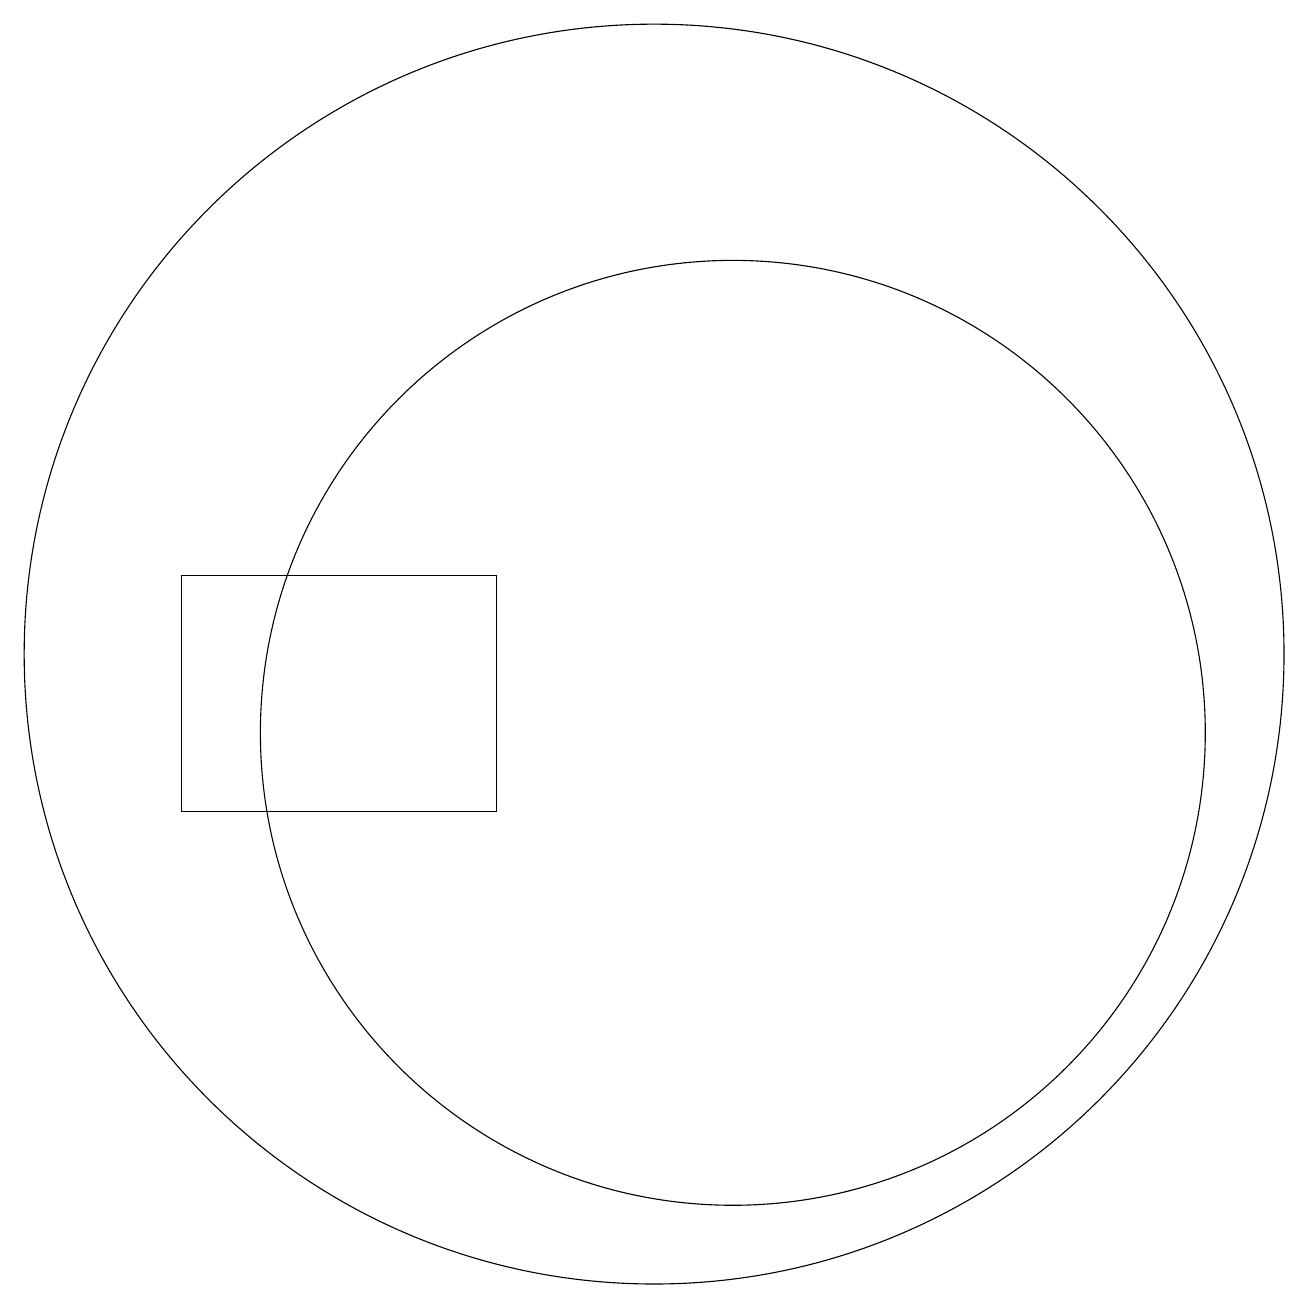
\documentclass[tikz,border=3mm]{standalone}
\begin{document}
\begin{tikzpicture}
\draw (11,11) circle (6);
\draw (10,12) circle (8);
\draw (4,10) rectangle (8,13);
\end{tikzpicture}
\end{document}